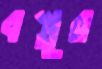
বস্তুর